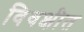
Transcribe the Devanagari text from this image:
विवक्षीत